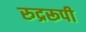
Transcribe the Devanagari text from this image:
रुद्ररूपी